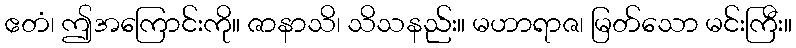
ဧတံ၊ ဤအကြောင်းကို။ ဇာနာသိ၊ သိသနည်း။ မဟာရာဇ၊ မြတ်သော မင်းကြီး။